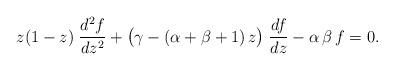
LaTeX: \begin{align*} z(1-z)\;\frac{d^2f}{dz^2}+\big(\gamma-(\alpha+\beta+1)\, z\big) \; \frac{df}{dz}-\alpha\,\beta\,f=0.\end{align*}